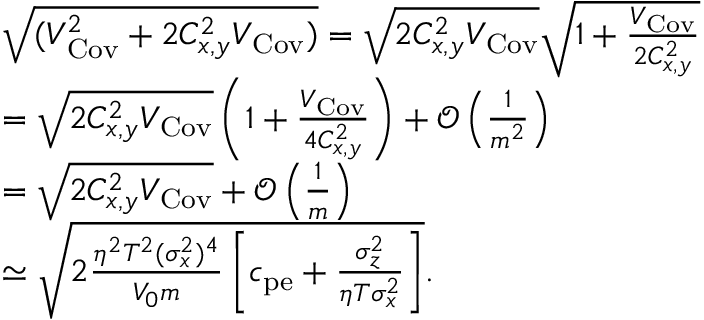
\begin{array} { r l } & { \sqrt { ( V _ { \mathrm { C o v } } ^ { 2 } + 2 C _ { x , y } ^ { 2 } V _ { \mathrm { C o v } } ) } = \sqrt { 2 C _ { x , y } ^ { 2 } V _ { \mathrm { C o v } } } \sqrt { 1 + \frac { V _ { \mathrm { C o v } } } { 2 C _ { x , y } ^ { 2 } } } } \\ & { = \sqrt { 2 C _ { x , y } ^ { 2 } V _ { \mathrm { C o v } } } \left( 1 + \frac { V _ { \mathrm { C o v } } } { 4 C _ { x , y } ^ { 2 } } \right) + \mathcal { O } \left( \frac { 1 } { m ^ { 2 } } \right) } \\ & { = \sqrt { 2 C _ { x , y } ^ { 2 } V _ { \mathrm { C o v } } } + \mathcal { O } \left( \frac { 1 } { m } \right) } \\ & { \simeq \sqrt { 2 \frac { \eta ^ { 2 } T ^ { 2 } ( \sigma _ { x } ^ { 2 } ) ^ { 4 } } { V _ { 0 } m } \left[ c _ { \mathrm { p e } } + \frac { \sigma _ { z } ^ { 2 } } { \eta T \sigma _ { x } ^ { 2 } } \right] } . } \end{array}